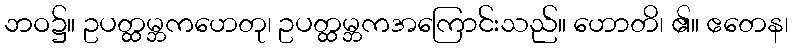
ဘဝ၌။ ဥပတ္ထမ္ဘကဟေတု၊ ဥပတ္ထမ္ဘကအကြောင်းသည်။ ဟောတိ၊ ၏။ ဧတေန၊